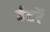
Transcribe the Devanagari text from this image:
ईंटरें